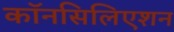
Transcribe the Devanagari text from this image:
कॉनसिलिएशन